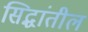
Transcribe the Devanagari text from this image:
सिद्धांतील